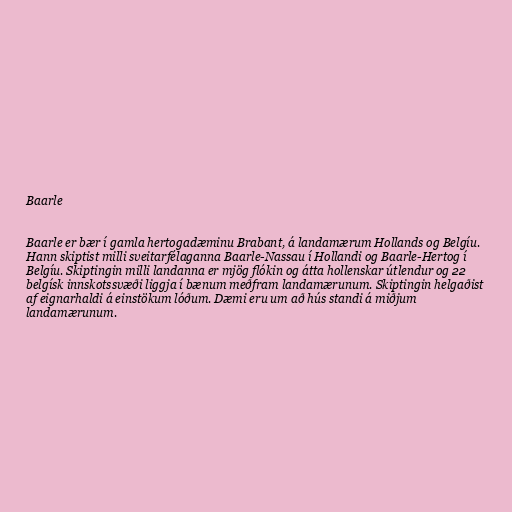
Baarle

Baarle er bær í gamla hertogadæminu Brabant, á landamærum Hollands og Belgíu.
Hann skiptist milli sveitarfélaganna Baarle-Nassau í Hollandi og Baarle-Hertog í
Belgíu. Skiptingin milli landanna er mjög flókin og átta hollenskar útlendur og 22
belgísk innskotssvæði liggja í bænum meðfram landamærunum. Skiptingin helgaðist
af eignarhaldi á einstökum lóðum. Dæmi eru um að hús standi á miðjum
landamærunum.